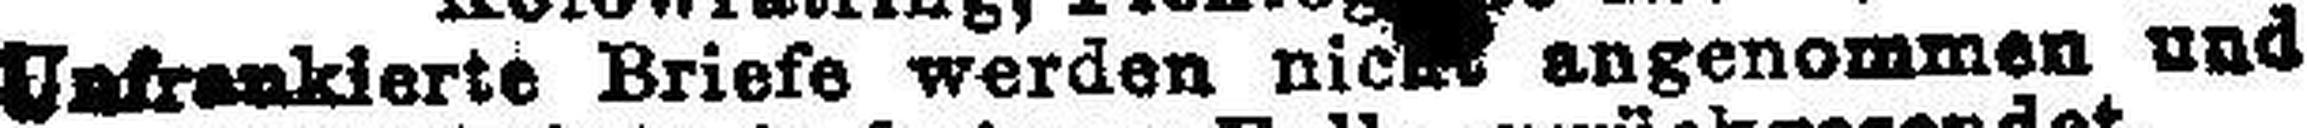
Unfrankierte Briefe werden nicht angenommen und